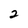
Character: 2